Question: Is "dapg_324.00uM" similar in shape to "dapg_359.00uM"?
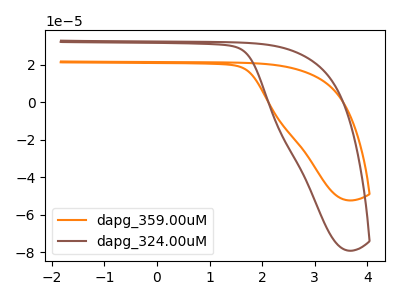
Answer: <think>The orange curve "dapg_359.00uM" has no peaks. The brown curve "dapg_324.00uM" has no peaks.
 Neither "dapg_324.00uM" or "dapg_359.00uM" have any peaks.</think>
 <answer>"dapg_324.00uM" and "dapg_359.00uM" are similar in shape.</answer>
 <eval>same_shape</eval>